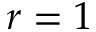
r = 1